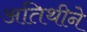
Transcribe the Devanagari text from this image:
अतिथीने